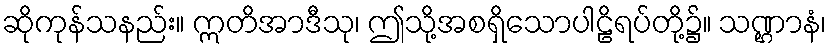
ဆိုကုန်သနည်း။ ဣတိအာဒီသု၊ ဤသို့အစရှိသောပါဠိရပ်တို့၌။ သဏ္ဌာနံ၊